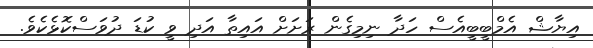
އިޔާޝް އެމްބީބީއެސް ހަދާ ނިމިގެން ރަށަށް އައިތާ އަދި ވީ ކުޑަ ދުވަސްކޮޅެކެވެ.